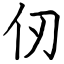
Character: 仞